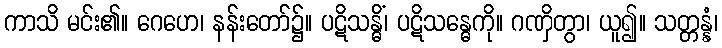
ကာသိ မင်း၏။ ဂေဟေ၊ နန်းတော်၌။ ပဋိသန္ဓိံ၊ ပဋိသန္ဓေကို။ ဂဏှိတွာ၊ ယူ၍။ သတ္တန္နံ၊